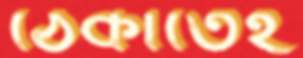
ঠেকাতেই